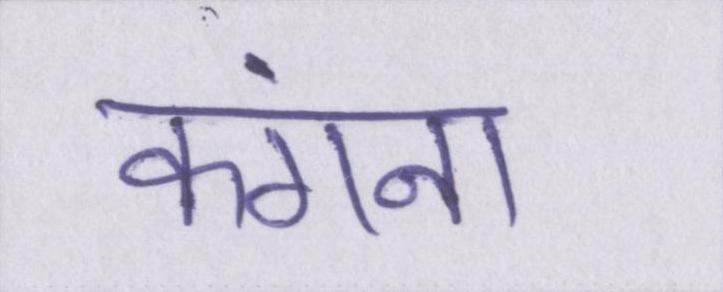
कंगना